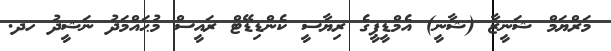
މަރްޔަމް ޝަނީޒާ (ޝާނީ) އެމްޑީޕީގެ ރިޔާސީ ކެންޑިޑޭޓް ރައީސް މުޙައްމަދު ނަޝީދު ހދ.